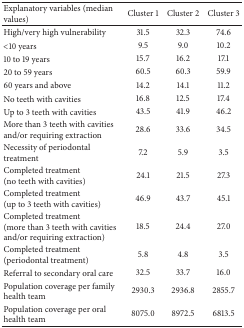
| Explanatory variables (median values) | Cluster 1 | Cluster 2 | Cluster 3 |
 | --- | --- | --- | --- |
 | High/very high vulnerability | 31.5 | 32.3 | 74.6 |
 | <10 years | 9.5 | 9.0 | 10.2 |
 | 10 to 19 years | 15.7 | 16.2 | 17.1 |
 | 20 to 59 years | 60.5 | 60.3 | 59.9 |
 | 60 years and above | 14.2 | 14.1 | 11.2 |
 | No teeth with cavities | 16.8 | 12.5 | 17.4 |
 | Up to 3 teeth with cavities | 43.5 | 41.9 | 46.2 |
 | More than 3 teeth with cavities and/or requiring extraction | 28.6 | 33.6 | 34.5 |
 | Necessity of periodontal treatment | 7.2 | 5.9 | 3.5 |
 | Completed treatment (no teeth with cavities) | 24.1 | 21.5 | 27.3 |
 | Completed treatment (up to 3 teeth with cavities) | 46.9 | 43.7 | 45.1 |
 | Completed treatment (more than 3 teeth with cavities and/or requiring extraction) | 18.5 | 24.4 | 27.0 |
 | Completed treatment (periodontal treatment) | 5.8 | 4.8 | 3.5 |
 | Referral to secondary oral care | 32.5 | 33.7 | 16.0 |
 | Population coverage per family health team | 2930.3 | 2936.8 | 2855.7 |
 | Population coverage per oral health team | 8075.0 | 8972.5 | 6813.5 |